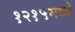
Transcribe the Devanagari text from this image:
१२१५मध्ये